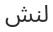
لنش